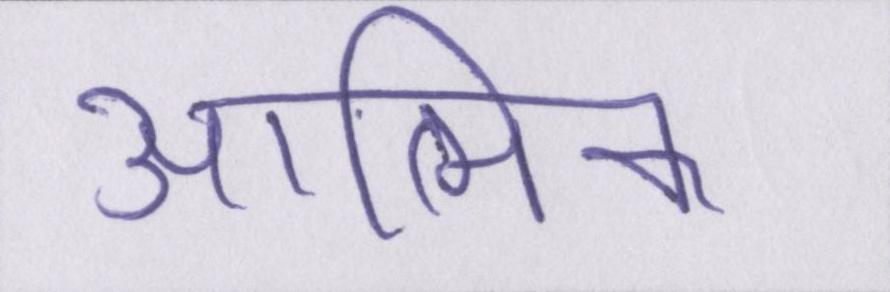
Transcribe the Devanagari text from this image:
आत्मिक